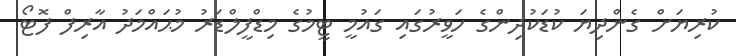
ކުރިޔަށް ގެންދިޔަ ކުޑަކުދިންގެ ހަވީރުގައި ގައުމީ ޓީމުގެ މިޑްފީލްޑަރު މުޙައްމަދު އާރިފް ފޮޓޯ